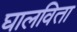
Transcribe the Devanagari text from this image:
घालविता